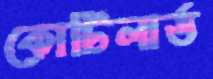
কোটিলার্ড